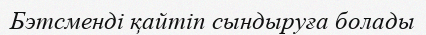
Бэтсменді қайтіп сындыруға болады